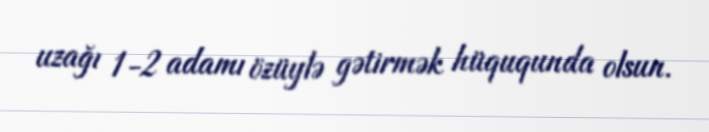
uzağı 1-2 adamı özüylə gətirmək hüququnda olsun.